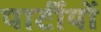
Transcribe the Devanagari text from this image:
पार्टीयों